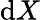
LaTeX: \mathrm{d}X